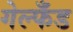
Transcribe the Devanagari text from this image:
गेल्फँड